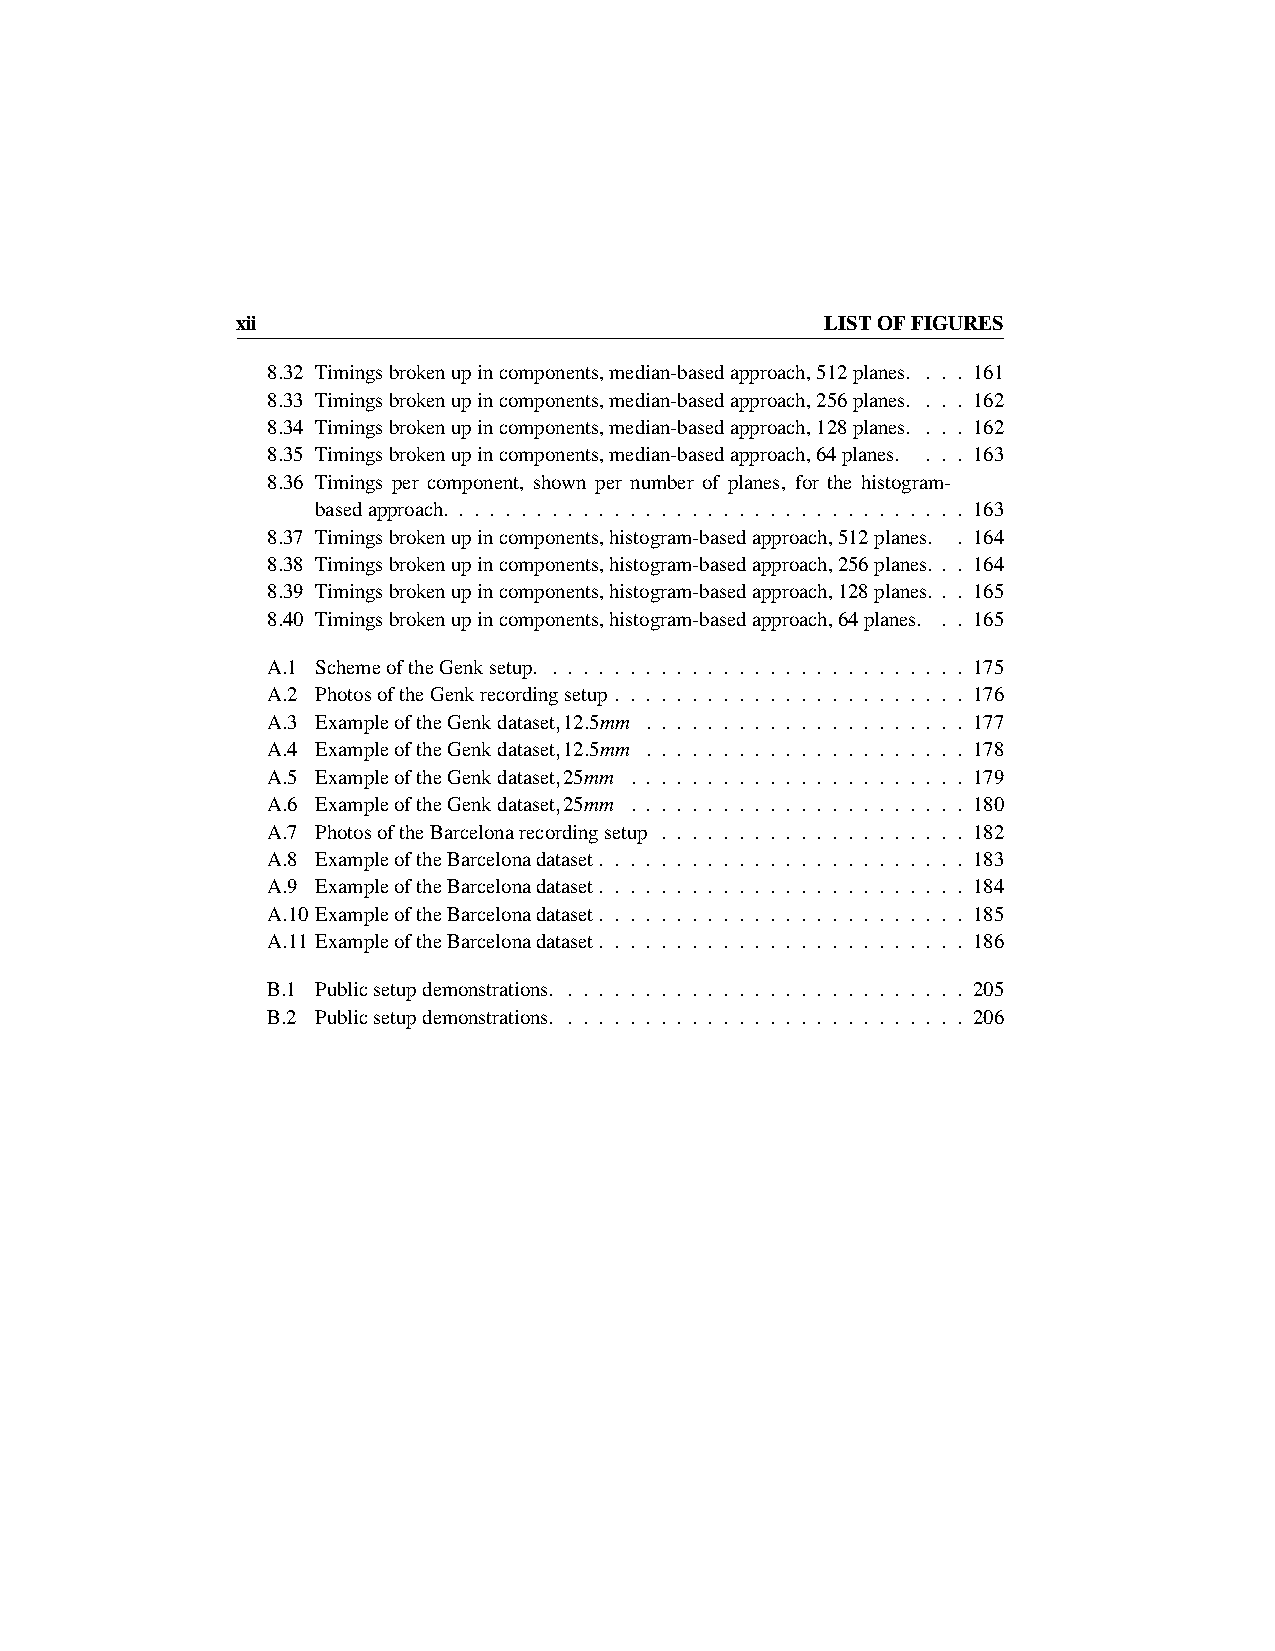
xii                                    LISTOFFIGURES
 8.32 Timingsbrokenupincomponents,median-basedapproach,512planes. . . . 161
 8.33 Timingsbrokenupincomponents,median-basedapproach,256planes. . . . 162
 8.34 Timingsbrokenupincomponents,median-basedapproach,128planes. . . . 162
 8.35 Timingsbrokenupincomponents,median-basedapproach,64planes. . . . 163
 8.36 Timings per component, shown per number of planes, for the histogram-
 basedapproach. . . . . . . . . . . . . . . . . . . . . . . . . . . . . . . . . . 163
 8.37 Timingsbrokenupincomponents,histogram-basedapproach,512planes. . 164
 8.38 Timingsbrokenupincomponents,histogram-basedapproach,256planes. . . 164
 8.39 Timingsbrokenupincomponents,histogram-basedapproach,128planes. . . 165
 8.40 Timingsbrokenupincomponents,histogram-basedapproach,64planes. . . 165
 A.1 SchemeoftheGenksetup. . . . . . . . . . . . . . . . . . . . . . . . . . . . 175
 A.2 PhotosoftheGenkrecordingsetup . . . . . . . . . . . . . . . . . . . . . . . 176
 A.3 ExampleoftheGenkdataset,12.5mm . . . . . . . . . . . . . . . . . . . . . 177
 A.4 ExampleoftheGenkdataset,12.5mm . . . . . . . . . . . . . . . . . . . . . 178
 A.5 ExampleoftheGenkdataset,25mm . . . . . . . . . . . . . . . . . . . . . . 179
 A.6 ExampleoftheGenkdataset,25mm . . . . . . . . . . . . . . . . . . . . . . 180
 A.7 PhotosoftheBarcelonarecordingsetup . . . . . . . . . . . . . . . . . . . . 182
 A.8 ExampleoftheBarcelonadataset. . . . . . . . . . . . . . . . . . . . . . . . 183
 A.9 ExampleoftheBarcelonadataset. . . . . . . . . . . . . . . . . . . . . . . . 184
 A.10 ExampleoftheBarcelonadataset. . . . . . . . . . . . . . . . . . . . . . . . 185
 A.11 ExampleoftheBarcelonadataset. . . . . . . . . . . . . . . . . . . . . . . . 186
 B.1 Publicsetupdemonstrations. . . . . . . . . . . . . . . . . . . . . . . . . . . 205
 B.2 Publicsetupdemonstrations. . . . . . . . . . . . . . . . . . . . . . . . . . . 206